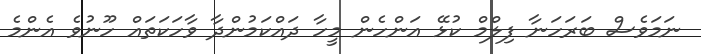
ނަމަވެސް ބަރަހަނާ ފިލްމް ކުޅޭ އަންހެން މީހާ ދައްކަމުންދާ ވާހަކަތައް ހޫނުވެ އެންމެ